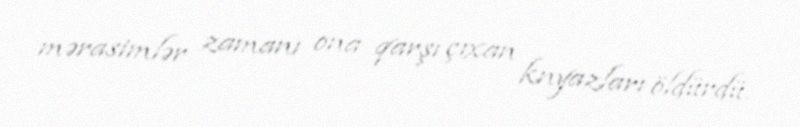
mərasimlər zamanı ona qarşı çıxan knyazları öldürdü.